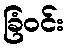
ခြံဝင်း